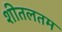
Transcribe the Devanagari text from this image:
शीतलतम